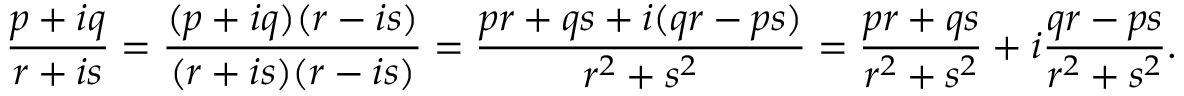
{ \frac { p + i q } { r + i s } } = { \frac { ( p + i q ) ( r - i s ) } { ( r + i s ) ( r - i s ) } } = { \frac { p r + q s + i ( q r - p s ) } { r ^ { 2 } + s ^ { 2 } } } = { \frac { p r + q s } { r ^ { 2 } + s ^ { 2 } } } + i { \frac { q r - p s } { r ^ { 2 } + s ^ { 2 } } } .